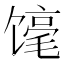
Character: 𲋬